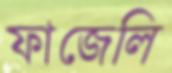
ফাজেলি